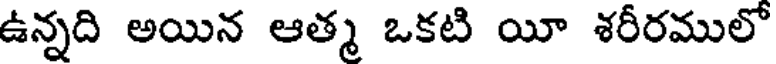
ఉన్నది అయిన ఆత్మ ఒకటి యీ శరీరములో